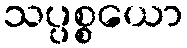
သပ္ပစ္စယော